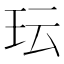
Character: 𬍒